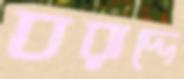
বরাদ্দে